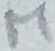
Text: M